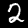
Digit: 2